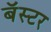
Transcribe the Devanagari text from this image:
बॅस्टर